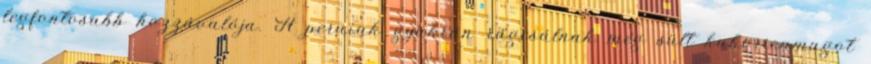
legfontosabb hozzávalója. A peruiak gyakran rágcsálnak még sült kukoricamagot